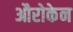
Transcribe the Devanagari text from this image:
औरोकेन